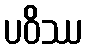
ပဝိဿ